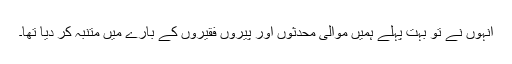
انہوں نے تو بہت پہلے ہمیں موالی محدثوں اور پیروں فقیروں کے بارے میں متنبہ کر دیا تھا۔